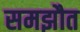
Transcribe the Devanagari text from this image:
समझौत